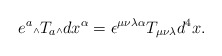
\begin{align*}e^a\mbox{\tiny $\wedge$} T_a \mbox{\tiny $\wedge$} dx^{\alpha} = \epsilon^{\mu \nu \lambda \alpha} T_{\mu \nu \lambda} d^4x.\end{align*}